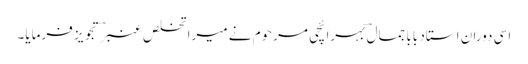
اسی دوران استاد بابا جمال ؔبہرائچی مرحوم نے میرا تخلص عنبرؔ تجویز فرمایا۔